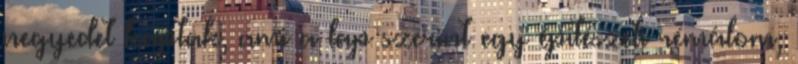
negyedet kaptak, ami a lap szerint egy építészeti rémálom,